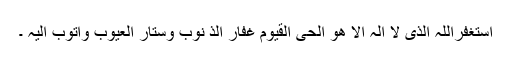
اَستَغفِرُاللہَ الَّذِی لاَ اِلٰہَ اِلاَّ ھُوَ الحَیُّ القَیُّومُ غَفَّارُ الذُ نُوبِ وَسَتَّارُ العُیُوبِ وَاَتُوبُ اِلَیہِ ۔